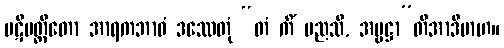
ပဋိပတ္တိတော အာရကဘာဝံ ဒဿေတုံ “တံ ကိံ မညသိ, အမ္ဗဋ္ဌာ”တိအာဒိမာဟ။